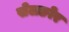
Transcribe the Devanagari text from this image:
सेलङोर